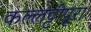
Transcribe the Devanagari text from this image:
कल्लट्टीपूरा